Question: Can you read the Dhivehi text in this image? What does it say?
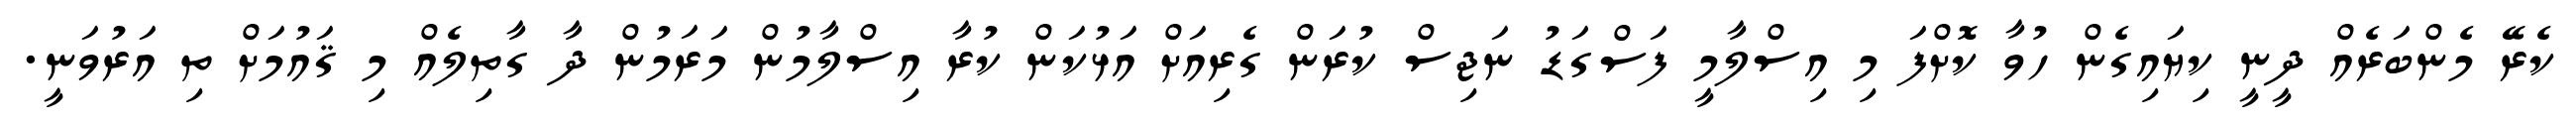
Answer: ކެރޭ މެންބަރެއް ދީނީ ކިޔައިގެން ހުވާ ކޮށްފަ މި އިސްލާމީ ފަސްގަޑު ނަޖިސް ކުރަން ގެރިއަށް އަޅުކަން ކުރާ އިސްލާމުން މަރަމުން ދާ ގާތިލެއް މި ޤައުމަށް ތި އަރުވަނީ.